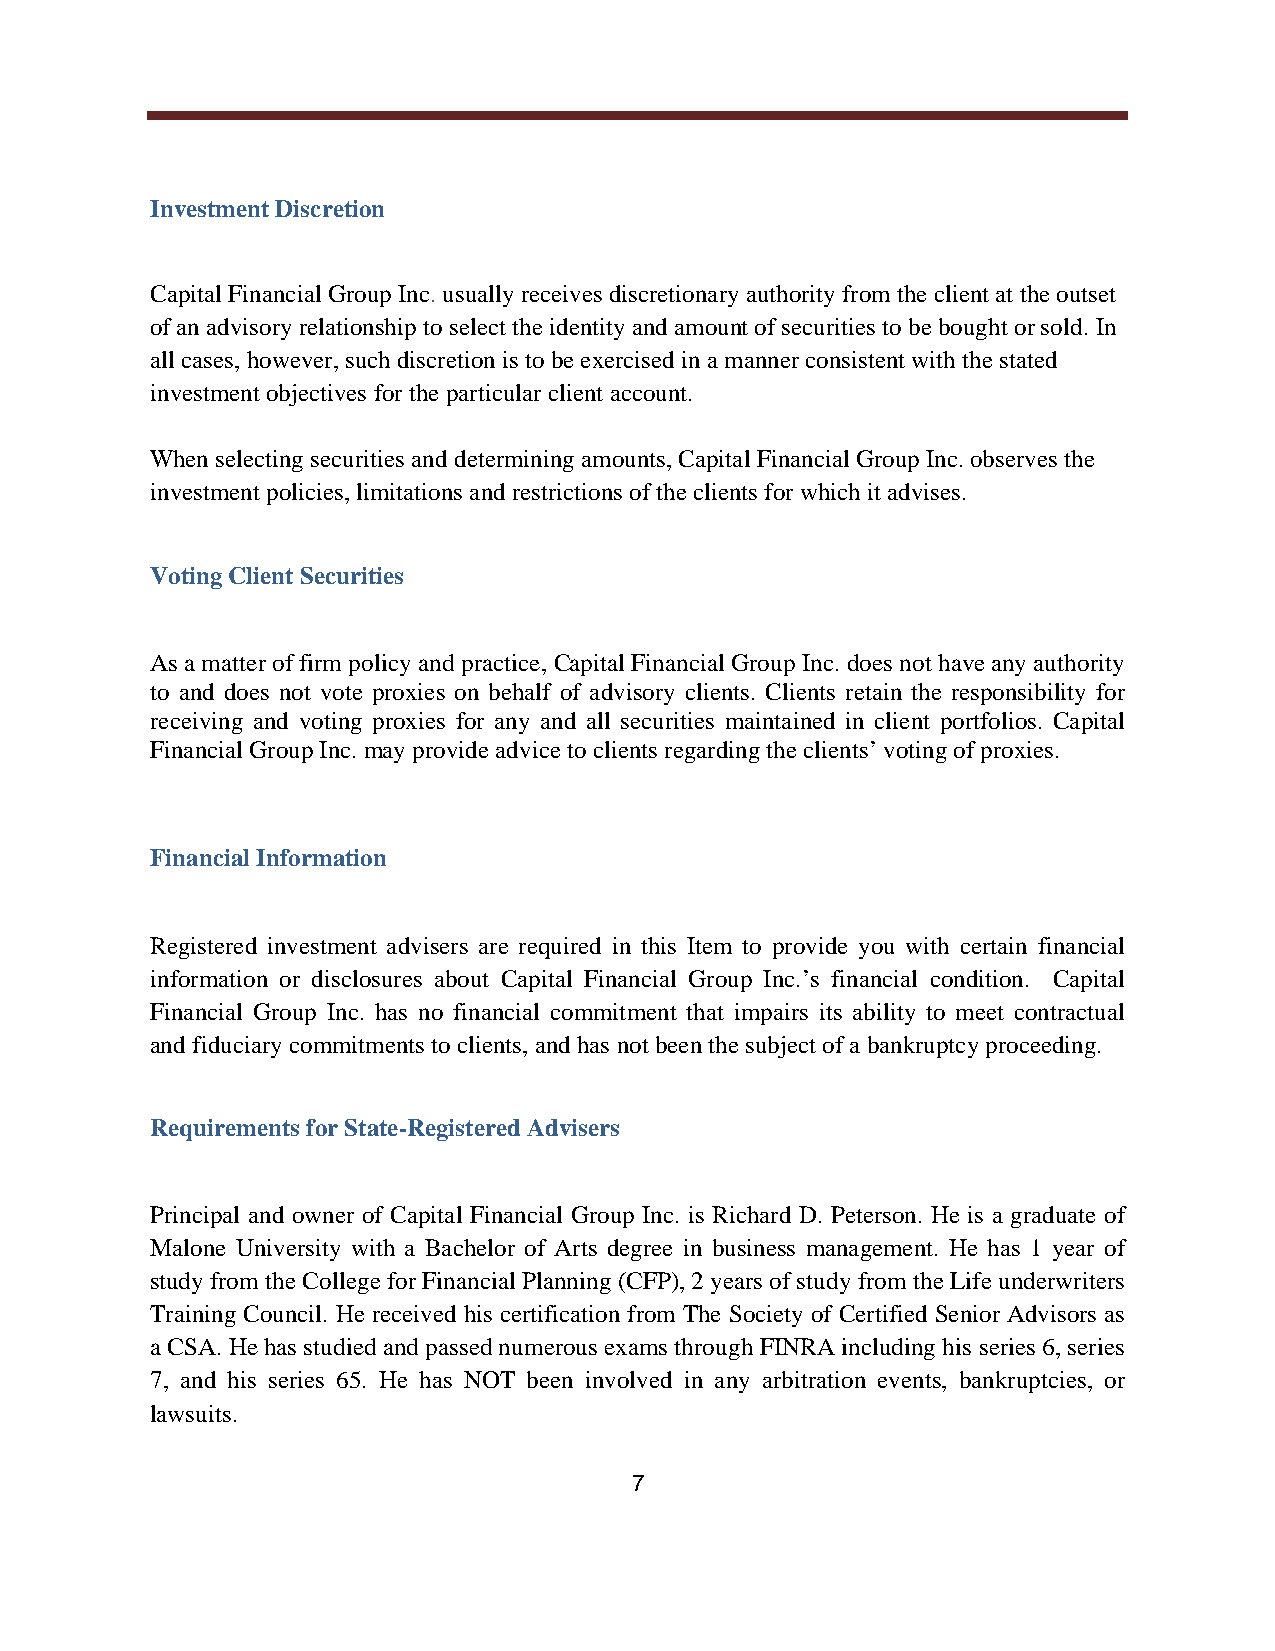
Investment Discretion
 Capital Financial Group Inc. usually receives discretionary authority from the client at the outset
 of an advisory relationship to select the identity and amount of securities to be bought or sold. In
 all cases, however, such discretion is to be exercised in a manner consistent with the stated
 investment objectives for the particular client account.
 When selecting securities and determining amounts, Capital Financial Group Inc. observes the
 investment policies, limitations and restrictions of the clients for which it advises.
 Voting Client Securities
 As a matter of firm policy and practice, Capital Financial Group Inc. does not have any authority
 to and does not vote proxies on behalf of advisory clients. Clients retain the responsibility for
 receiving and voting proxies for any and all securities maintained in client portfolios. Capital
 Financial Group Inc. may provide advice to clients regarding the clients voting of proxies.
 Financial Information
 Registered investment advisers are required in this Item to provide you with certain financial
 information or disclosures about Capital Financial Group Inc. s financial condition. Capital
 Financial Group Inc. has no financial commitment that impairs its ability to meet contractual
 and fiduciary commitments to clients, and has not been the subject of a bankruptcy proceeding.
 Requirements for State-Registered Advisers
 Principal and owner of Capital Financial Group Inc. is Richard D. Peterson. He is a graduate of
 Malone University with a Bachelor of Arts degree in business management. He has 1 year of
 study from the College for Financial Planning (CFP), 2 years of study from the Life underwriters
 Training Council. He received his certification from The Society of Certified Senior Advisors as
 a CSA. He has studied and passed numerous exams through FINRA including his series 6, series
 7, and his series 65. He has NOT been involved in any arbitration events, bankruptcies, or
 lawsuits.
 7